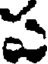
ప